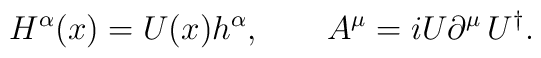
H^{\alpha}(x)=U(x)h^{\alpha}, \qquad  A^\mu=iU\partial^\mu\,U^\dagger .